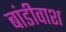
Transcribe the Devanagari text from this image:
बांडीवाश